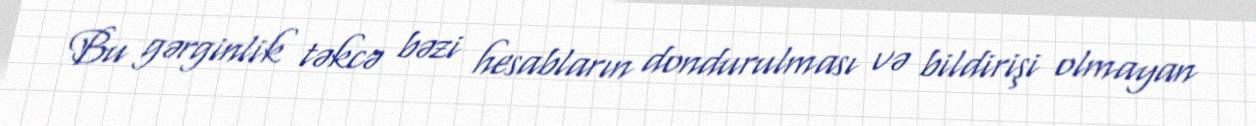
Bu gərginlik təkcə bəzi hesabların dondurulması və bildirişi olmayan